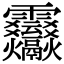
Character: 𩇒